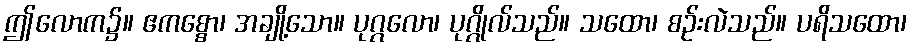
ဤလောက၌။ ဧကစ္စော၊ အချို့သော။ ပုဂ္ဂလော၊ ပုဂ္ဂိုလ်သည်။ သထော၊ စဉ်းလဲသည်။ ပရိသထော၊